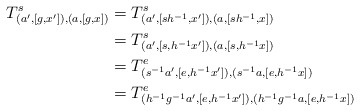
\begin{align*}T^{s}_{(a', [g, x']), (a, [g, x])}&=T^{s}_{(a', [sh^{-1}, x']), (a, [sh^{-1}, x])}\\&=T^{s}_{(a', [s, h^{-1}x']), (a, [s, h^{-1}x])}\\&=T^{e}_{(s^{-1}a', [e, h^{-1}x']),(s^{-1}a, [e, h^{-1}x])}\\&=T^{e}_{(h^{-1}g^{-1}a', [e, h^{-1}x']),(h^{-1}g^{-1}a, [e, h^{-1}x])}\end{align*}